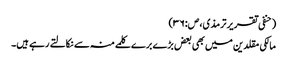
(حنفی تقریر ترمذی،ص:۳۶)
مالکی مقلدین میں بھی بعض بڑے برے کلمے منہ سے نکالتے رہے ہیں۔